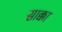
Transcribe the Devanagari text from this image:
साक्का